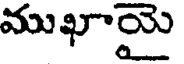
ముఖాయై